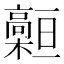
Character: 𩫡